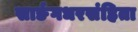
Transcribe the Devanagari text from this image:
सार्ङगधरसंहिता